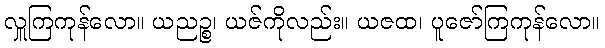
လှူကြကုန်လော။ ယညဉ္စ၊ ယဇ်ကိုလည်း။ ယဇထ၊ ပူဇော်ကြကုန်လော။